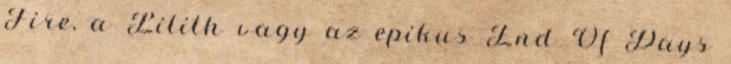
Fire, a Lilith vagy az epikus End Of Days